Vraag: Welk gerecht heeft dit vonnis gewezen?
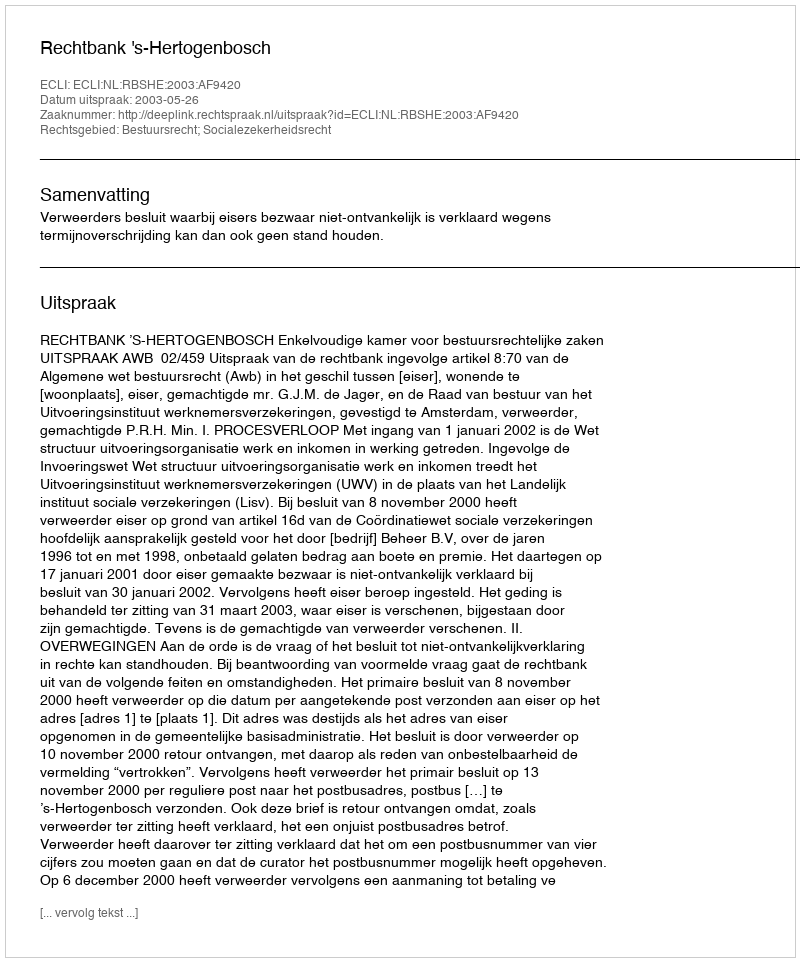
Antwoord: Rechtbank 's-Hertogenbosch